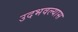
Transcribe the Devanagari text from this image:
उदभवल्यास